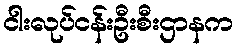
ငါးလုပ်ငန်းဦးစီးဌာနက